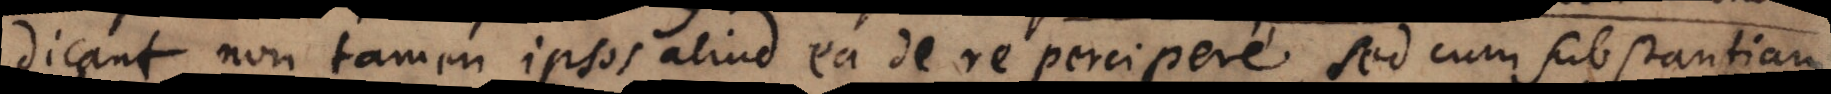
dicant, non tamen ipsos aliud ea de re percipere, sed cum substantiam